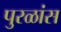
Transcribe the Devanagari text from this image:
पुरळांस